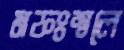
মফঃস্বলে